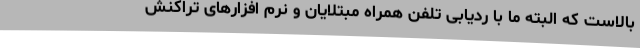
بالاست که البته ما با ردیابی تلفن همراه مبتلایان و نرم افزارهای تراکنش